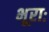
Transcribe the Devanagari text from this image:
भूराः